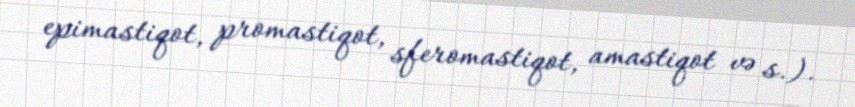
epimastiqot, promastiqot, sferomastiqot, amastiqot və s.).